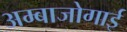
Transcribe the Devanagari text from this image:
अम्बाजोगाई